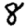
Digit: 8